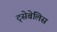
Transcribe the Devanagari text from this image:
ट्सेबेलिस